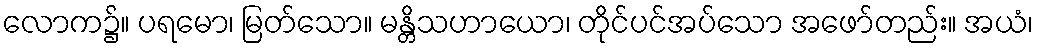
လောက၌။ ပရမော၊ မြတ်သော။ မန္တိသဟာယော၊ တိုင်ပင်အပ်သော အဖော်တည်း။ အယံ၊